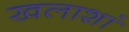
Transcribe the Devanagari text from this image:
खलाशां